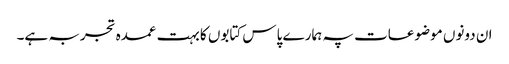
ان دونوں موضوعات پہ ہمارے پاس کتابوں کا بہت عمدہ تجربہ ہے۔